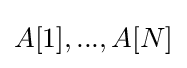
A[1],...,A[N]